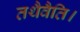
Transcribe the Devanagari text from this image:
तथैवैति।